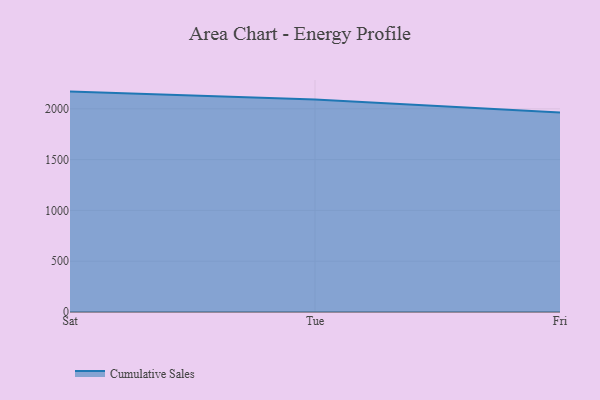
{"axis": {"x": "Day", "y": "Satisfaction Score"}, "legend": ["Cumulative Sales"], "data": [{"x": "Sat", "y": 2169.6, "type": "Cumulative Sales"}, {"x": "Tue", "y": 2091.8, "type": "Cumulative Sales"}, {"x": "Fri", "y": 1964.2, "type": "Cumulative Sales"}]}